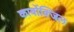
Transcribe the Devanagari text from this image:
कार्बोक्जिल